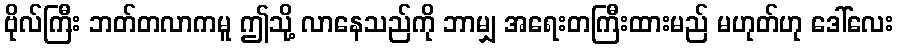
ဗိုလ်ကြီး ဘတ်တလာကမူ ဤသို့ လာနေသည်ကို ဘာမျှ အရေးတကြီးထားမည် မဟုတ်ဟု ဒေါ်လေး